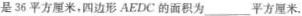
是36平方厘米，四边形AEDC的面积为___ 平方厘米。